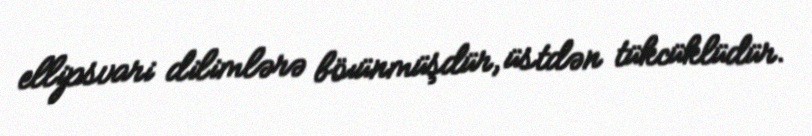
ellipsvari dilimlərə böıünmüşdür, üstdən tükcüklüdür.